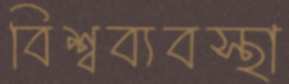
বিশ্বব্যবস্থা